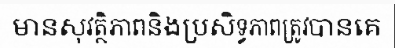
មានសុវត្ថិភាពនិងប្រសិទ្ធភាពត្រូវបានគេ